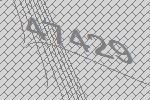
47429